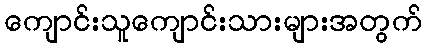
ကျောင်းသူကျောင်းသားများအတွက်